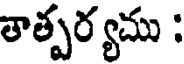
తాత్పర్యము :